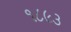
૧૮૯૩